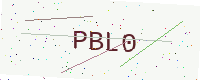
Text: PBL0